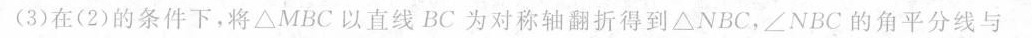
(3)在(2)的条件下，将△MBC以直线BC为对称轴翻折得到△NBC,∠NBC的角平分线与